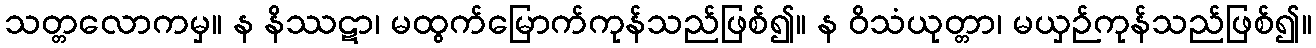
သတ္တလောကမှ။ န နိဿဋာ၊ မထွက်မြောက်ကုန်သည်ဖြစ်၍။ န ဝိသံယုတ္တာ၊ မယှဉ်ကုန်သည်ဖြစ်၍။